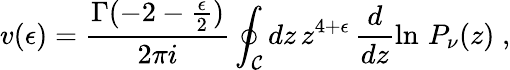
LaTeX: v(\epsilon)=\frac{\Gamma(-2-{\frac{\epsilon}{2}})}{2\pi i}\oint_{\mathcal C}dz\, z^{4+\epsilon}\, \frac{d}{dz}\ln\, P_{\nu}(z)\; ,